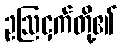
ဥဩငှက်တို့၏